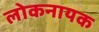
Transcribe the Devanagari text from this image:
लोकनायक